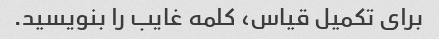
برای تکمیل قیاس، کلمه غایب را بنویسید.